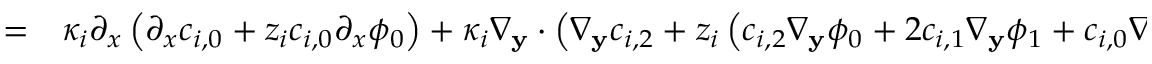
\begin{array} { r l } { = } & { { } \kappa _ { i } \partial _ { x } \left( \partial _ { x } c _ { i , 0 } + z _ { i } c _ { i , 0 } \partial _ { x } \phi _ { 0 } \right) + \kappa _ { i } \nabla _ { \mathbf { y } } \cdot \left( \nabla _ { \mathbf { y } } c _ { i , 2 } + z _ { i } \left( c _ { i , 2 } \nabla _ { \mathbf { y } } \phi _ { 0 } + 2 c _ { i , 1 } \nabla _ { \mathbf { y } } \phi _ { 1 } + c _ { i , 0 } \nabla _ { \mathbf { y } } \phi _ { 2 } \right) \right) . } \end{array}